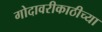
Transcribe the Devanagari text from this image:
गोदावरीकाठीच्या